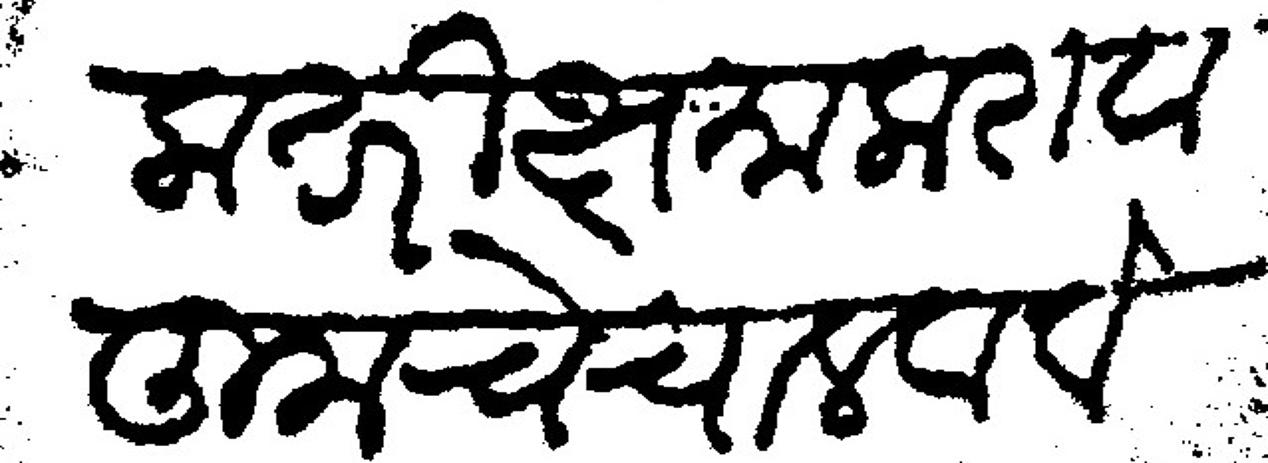
Transliteration (Devanagari): जाला तरी क्षमा करावा तुमचे चालवावे